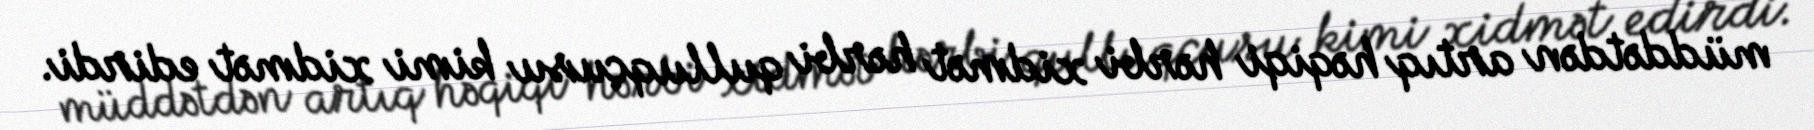
müddətdən artıq həqiqi hərbi xidmət hərbi qulluqçusu kimi xidmət edirdi.